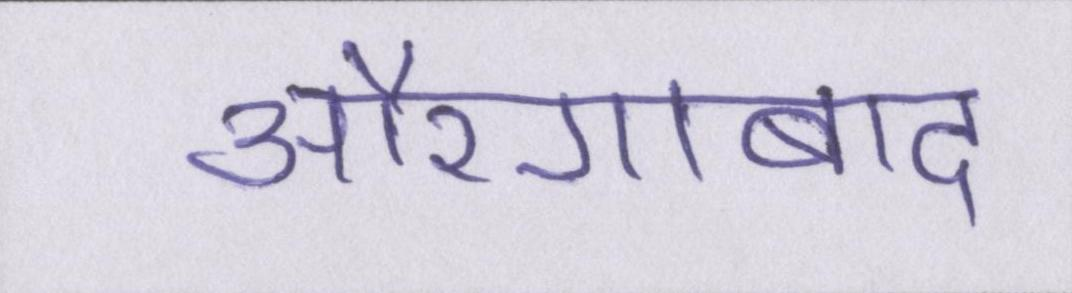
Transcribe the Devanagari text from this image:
औरंगाबाद